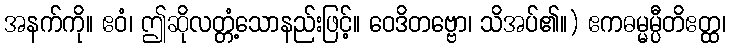
အနက်ကို။ ဧဝံ၊ ဤဆိုလတ္တံ့သောနည်းဖြင့်။ ဝေဒိတဗ္ဗော၊ သိအပ်၏။) ဧကဓမ္မမ္ပီတိဧတ္ထ၊